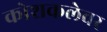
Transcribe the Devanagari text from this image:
कोशकलेवर